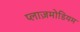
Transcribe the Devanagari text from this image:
प्लाज़मोडियम